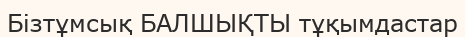
Бізтұмсық БАЛШЫҚТЫ тұқымдастар